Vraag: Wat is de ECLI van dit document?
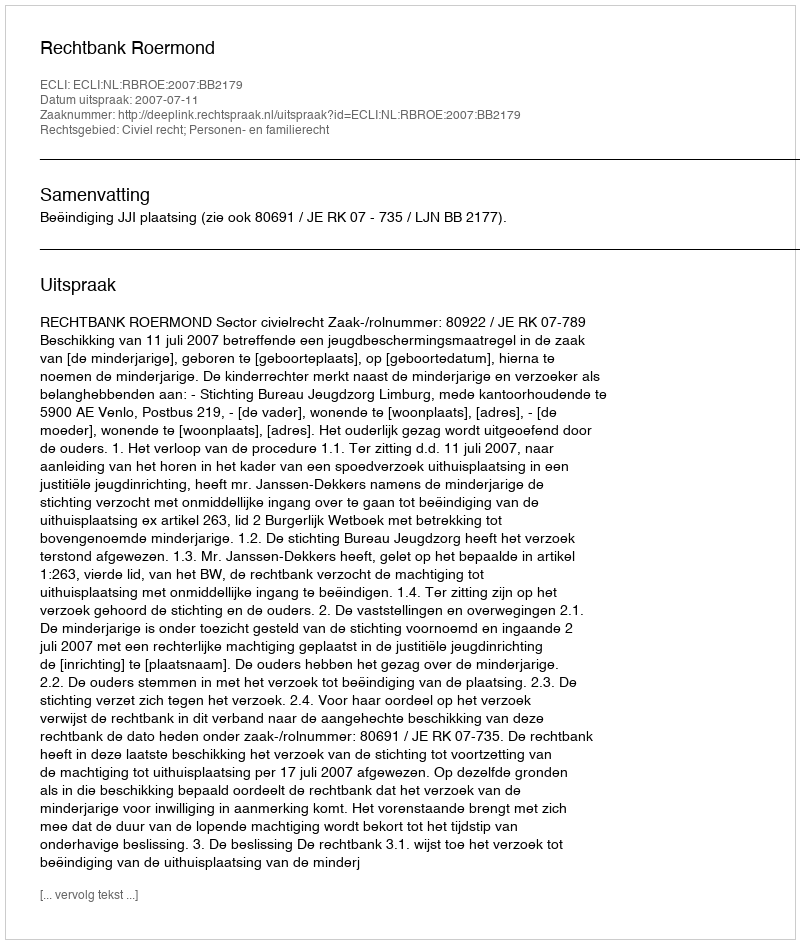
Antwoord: ECLI:NL:RBROE:2007:BB2179